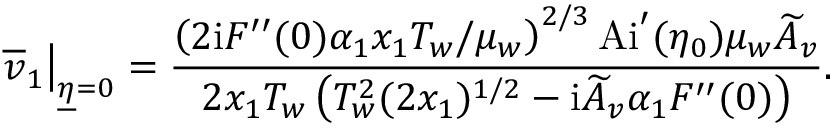
\left. \overline { { v } } _ { 1 } \right\vert _ { \underline { { \eta } } = 0 } = \frac { \left( 2 \mathrm { i } F ^ { \prime \prime } ( 0 ) \alpha _ { 1 } x _ { 1 } T _ { w } / \mu _ { w } \right) ^ { 2 / 3 } \mathrm { A i } ^ { \prime } ( \eta _ { 0 } ) \mu _ { w } \widetilde A _ { v } } { 2 x _ { 1 } T _ { w } \left( T _ { w } ^ { 2 } ( 2 x _ { 1 } ) ^ { 1 / 2 } - \mathrm { i } \widetilde A _ { v } \alpha _ { 1 } F ^ { \prime \prime } ( 0 ) \right) } .